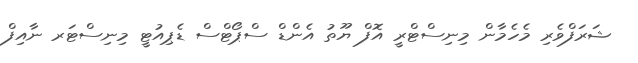
ޝަރަފްވެރި މެހެމާން މިނިސްޓްރީ އޮފް ޔޫތު އެންޑް ސްޕޯޓްސް ޑެޕިއުޓީ މިނިސްޓަރ ނާއިފް